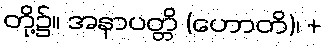
တို့၌။ အနာပတ္တိ (ဟောတိ)၊ +